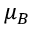
\mu _ { B }